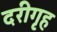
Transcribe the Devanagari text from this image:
दरीगृह